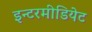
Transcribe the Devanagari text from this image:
इन्टरमीडियेट